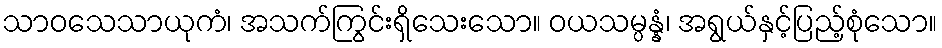
သာဝသေသာယုကံ၊ အသက်ကြွင်းရှိသေးသော။ ဝယသမ္ပန္နံ၊ အရွယ်နှင့်ပြည့်စုံသော။